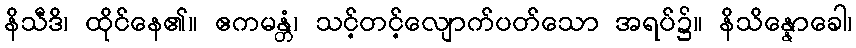
နိသီဒိ၊ ထိုင်နေ၏။ ဧကမန္တံ၊ သင့်တင့်လျောက်ပတ်သော အရပ်၌။ နိသိန္နောခေါ၊